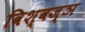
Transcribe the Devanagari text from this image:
विश्वज्ञ